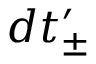
d t _ { \pm } ^ { \prime }